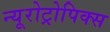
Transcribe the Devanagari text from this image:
न्यूरोट्रोपिक्स